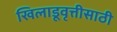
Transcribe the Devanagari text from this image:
खिलाडूवृत्तीसाठी